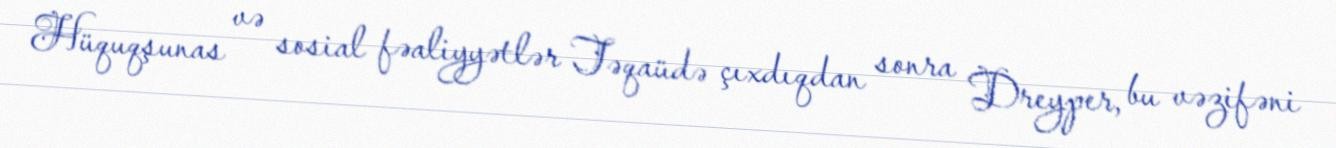
Hüquqşunas və sosial fəaliyyətlər Təqaüdə çıxdıqdan sonra Dreyper, bu vəzifəni